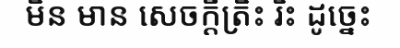
មិន មាន សេចក្តីត្រិះ រិះ ដូច្នេះ